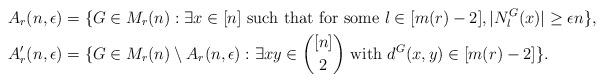
LaTeX: \begin{align*}A_r(n,\epsilon) &= \{ G\in M_r(n): \exists x\in [n]\textnormal{ such that for some } l\in[m(r)-2], |N^G_l(x)|\geq \epsilon n\},\\A'_r(n,\epsilon) &= \{G\in M_r(n) \setminus A_r(n,\epsilon): \exists xy\in {[n]\choose 2} \textnormal{ with } d^G(x,y) \in [m(r)-2]\}.\end{align*}